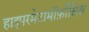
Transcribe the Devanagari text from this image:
हाइपरमेटामॉर्फ़ोसिस